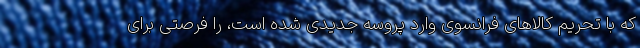
که با تحریم کالاهای فرانسوی وارد پروسه جدیدی شده است، را فرصتی برای